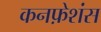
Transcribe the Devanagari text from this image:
कनफ़ेशंस